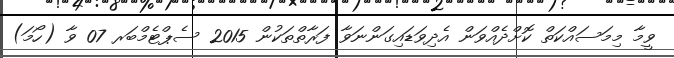
ވީމާ މިމަސައްކަތް ކޮށްދެއްވަން އެދިވަޑައިގަންނަވާ ފަރާތްތަކުން 2015 ސެޕްޓެމްބަރ 07 ވާ (ހޯމަ)